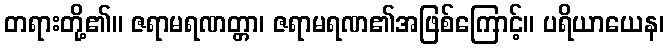
တရားတို့၏။ ဇရာမရဏတ္တာ၊ ဇရာမရဏ၏အဖြစ်ကြောင့်။ ပရိယာယေန၊